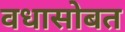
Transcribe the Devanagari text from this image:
वधासोबत